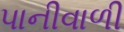
પાનીવાળી